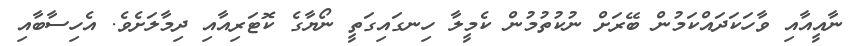
ނާއީއާއި ވާހަކަދައްކަމުން ބޭރަށް ނުކުތުމުން ކެމީލާ ހިނގައިގަތީ ނޯޔާގެ ކޮޓަރިއާއި ދިމާލަށެވެ. އެހިސާބާއި